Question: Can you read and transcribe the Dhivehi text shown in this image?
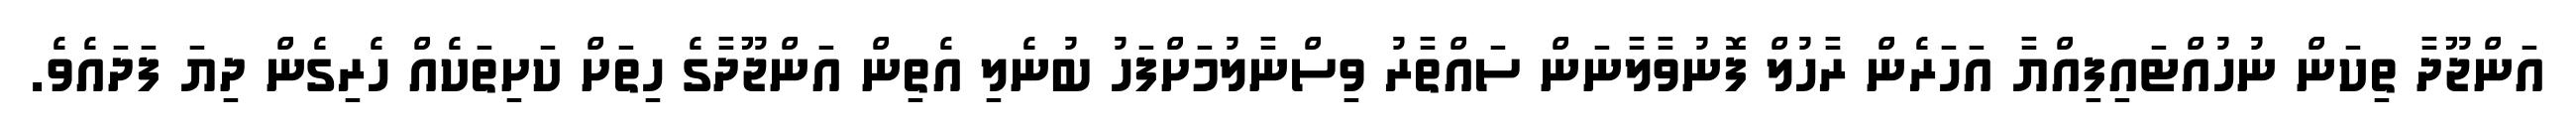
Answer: އަންޖޫދާ ތިކަން ނުހުއްޓައިފިއްޔާ އަހަރެން ރާހުލް ފޮނުވާލާނަން ސައްތާރު ވިސްނާލުމަށްފަހު ބުނެލި އެތިން އަންޖޫދާގެ ހިތަށް ކަށިތަކެއް ހެރިގެން ދިޔަ ފަދައެވެ.